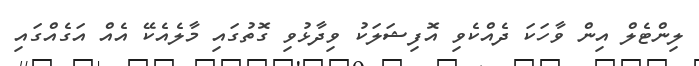
ލިންޓެލް އިން ވާހަކަ ދެއްކެވި އޮފިޝަލަކު ވިދާޅުވި ގޮތުގައި މާލެއެކޭ އެއް އަގެއްގައި